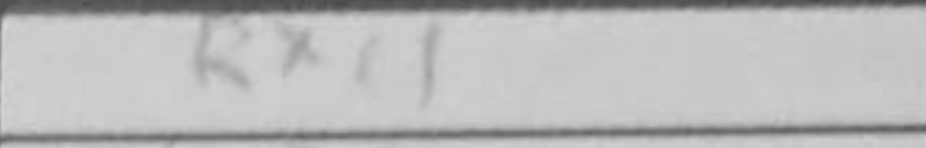
Transcription: Rxc1